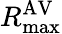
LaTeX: R_{\operatorname*{max}}^{\mathrm{AV}}